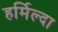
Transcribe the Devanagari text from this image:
हर्मिल्दा